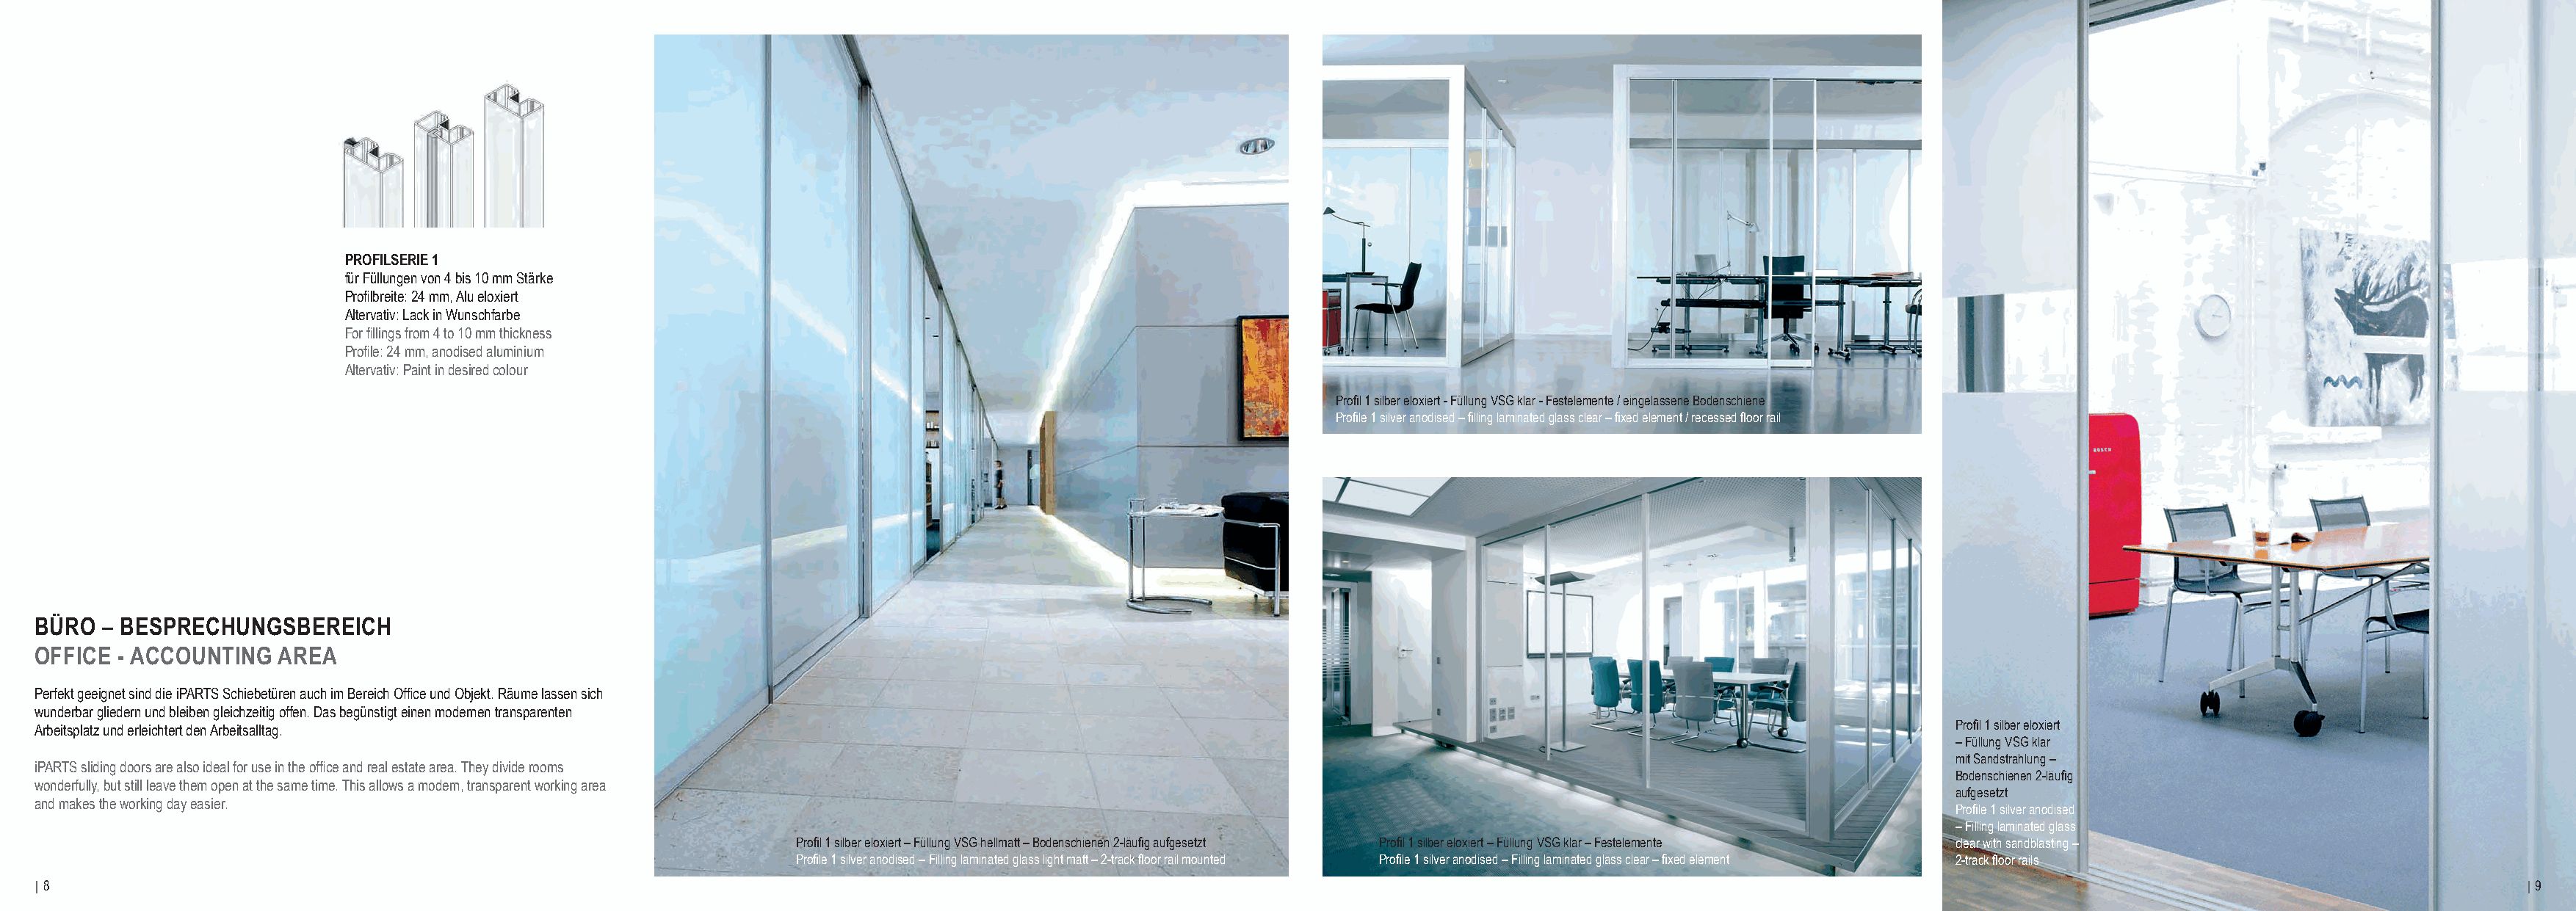
PROFILSERIE 1
 für Füllungen von 4 bis 10 mm Stärke
 Profilbreite: 24 mm, Alu eloxiert
 Altervativ: Lack in Wunschfarbe
 For fillings from 4 to 10 mm thickness
 Profile: 24 mm, anodised aluminium
 Altervativ: Paint in desired colour
 Profil 1 silber eloxiert - Füllung VSG klar - Festelemente / eingelassene Bodenschiene
 Profile 1 silver anodised – filling laminated glass clear – fixed element / recessed floor rail
 BÜRO  – BESPRECHUNGSBEREICH
 OFFICE  - ACCOUNTING  AREA
 Perfekt geeignet sind die iPARTS Schiebetüren auch im Bereich Office und Objekt. Räume lassen sich
 wunderbar gliedern und bleiben gleichzeitig offen. Das begünstigt einen modernen transparenten
 Arbeitsplatz und erleichtert den Arbeitsalltag.                                                                                                                              Profil 1 silber eloxiert
 – Füllung VSG klar
 mit Sandstrahlung –
 iPARTS sliding doors are also ideal for use in the office and real estate area. They divide rooms
 Bodenschienen 2-läufig
 wonderfully, but still leave them open at the same time. This allows a modern, transparent working area
 aufgesetzt
 and makes the working day easier.
 Profile 1 silver anodised
 – Filling laminated glass
 Profil 1 silber eloxiert – Füllung VSG hellmatt – Bodenschienen 2-läufig aufgesetzt Profil 1 silber eloxiert – Füllung VSG klar – Festelemente clear with sandblasting –
 Profile 1 silver anodised – Filling laminated glass light matt – 2-track floor rail mounted Profile 1 silver anodised – Filling laminated glass clear – fixed element 2-track floor rails
 | 8                                                                                                                                                                                                                              | 9